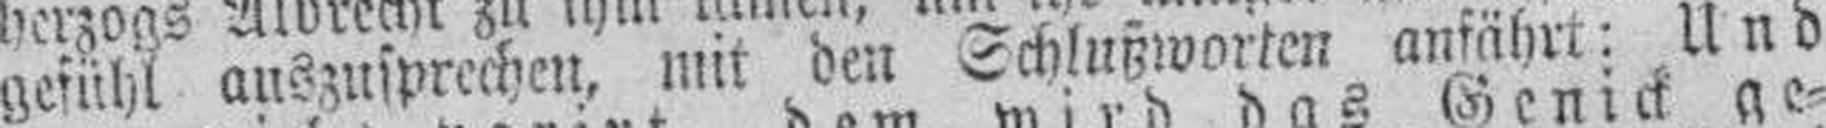
gefühl auszusprechen, mit den Schlußworten anfährt: Und